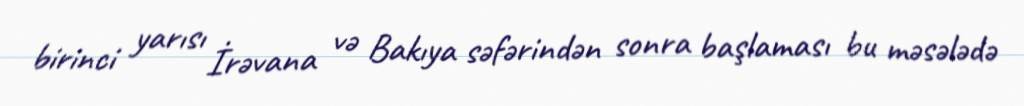
birinci yarısı İrəvana və Bakıya səfərindən sonra başlaması bu məsələdə